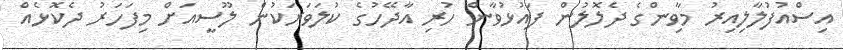
އިސްއުފުލާލިއިރު މާވިންގެ ދެލޮލުން ފައުޅުވާން ހުރި އާދޭހުގެ ކުލަވަރަކުން ލޫސީއަށް މިފަހަރު ދެކޮޅެއް